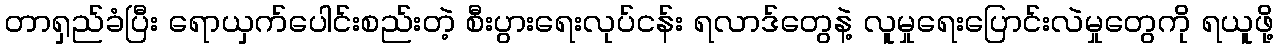
တာရှည်ခံပြီး ရောယှက်ပေါင်းစည်းတဲ့ စီးပွားရေးလုပ်ငန်း ရလာဒ်တွေနဲ့ လူမှုရေးပြောင်းလဲမှုတွေကို ရယူဖို့